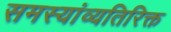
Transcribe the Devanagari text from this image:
समस्यांव्यतिरिक्त